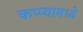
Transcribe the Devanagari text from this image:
कप्प्यामध्ये